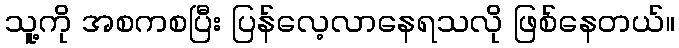
သူ့ကို အစကစပြီး ပြန်လေ့လာနေရသလို ဖြစ်နေတယ်။